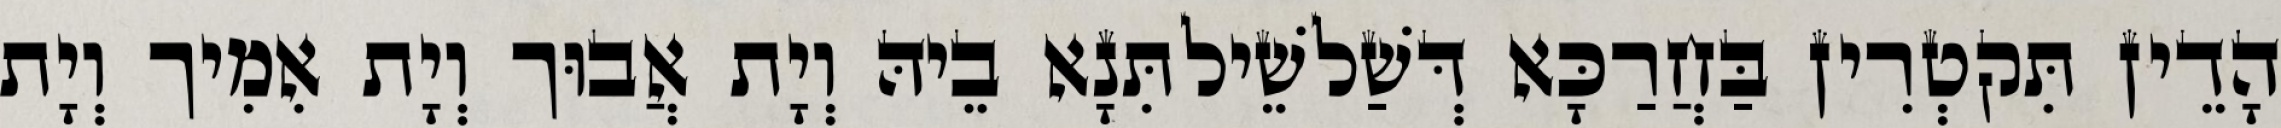
הָדֵין תִּקטְרִין בַּחֲרַכָּא דְּשַׁלשֵׁילתִּנָא בֵיהּ וְיָת אֲבוּך וְיָת אִמִיך וְיָת